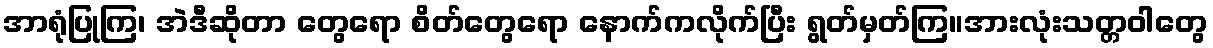
အာရုံပြုကြ၊ အဲဒီဆိုတာ တွေရော စိတ်တွေရော နောက်ကလိုက်ပြီး ရွတ်မှတ်ကြ။အားလုံးသတ္တဝါတွေ